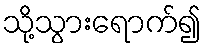
သို့သွားရောက်၍